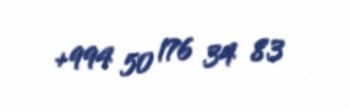
+994 50 176 34 83